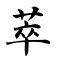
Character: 萃